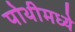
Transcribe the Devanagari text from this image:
पोथीमध्ये